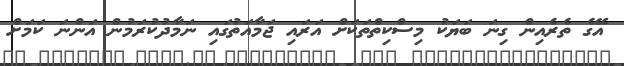
އޭގެ ތެރެއިން ގިނަ ބަޔަކު މިސްކިތްތަކަށް އަރައި ޖަމާއަތުގައި ނަމާދުކުރަމުން އަންނަ ކަމަށް